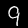
Label: 9